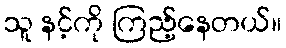
သူ နင့်ကို ကြည့်နေတယ်။